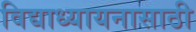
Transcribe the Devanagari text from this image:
विद्याध्यायनासाठी